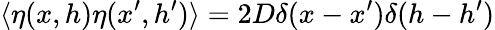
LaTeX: \langle\eta(x,h)\eta(x^{\prime},h^{\prime})\rangle=2D\delta(x-x^{\prime})\delta(h-h^{\prime})